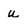
Character: u